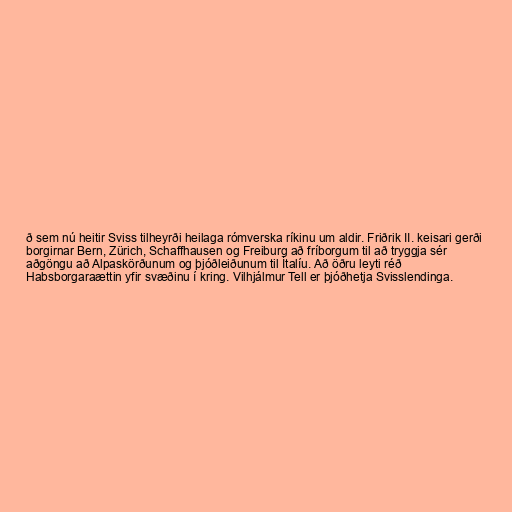
ð sem nú heitir Sviss tilheyrði heilaga rómverska ríkinu um aldir. Friðrik II. keisari gerði
borgirnar Bern, Zürich, Schaffhausen og Freiburg að fríborgum til að tryggja sér
aðgöngu að Alpaskörðunum og þjóðleiðunum til Ítalíu. Að öðru leyti réð
Habsborgaraættin yfir svæðinu í kring. Vilhjálmur Tell er þjóðhetja Svisslendinga.